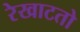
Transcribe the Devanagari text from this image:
रेखाटतो